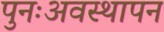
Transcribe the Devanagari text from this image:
पुनःअवस्थापन